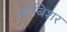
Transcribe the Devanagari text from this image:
फ्रोबिशर